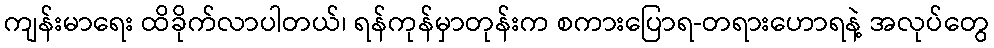
ကျန်းမာရေး ထိခိုက်လာပါတယ်၊ ရန်ကုန်မှာတုန်းက စကားပြောရ-တရားဟောရနဲ့ အလုပ်တွေ